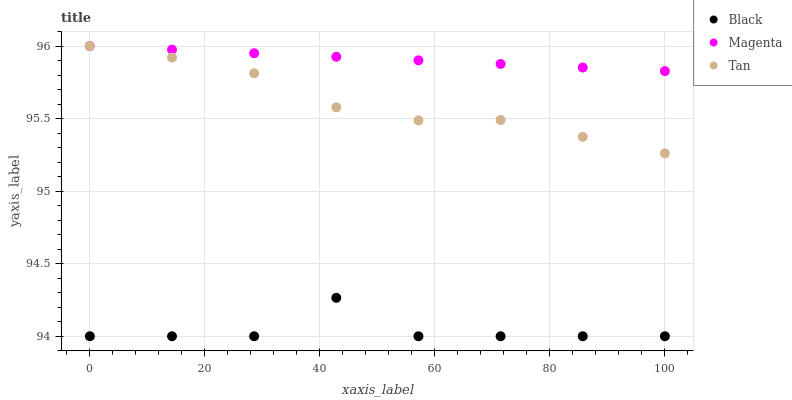
| xaxis_label | Black | Magenta | Tan |
 | --- | --- | --- | --- |
 | 0 | 94 | 96 | 96 |
 | 14.3 | 94 | 96 | 95.9 |
 | 28.6 | 94 | 96 | 95.8 |
 | 42.9 | 94.3 | 95.9 | 95.6 |
 | 57.1 | 94 | 95.9 | 95.5 |
 | 71.4 | 94 | 95.9 | 95.5 |
 | 85.7 | 94 | 95.9 | 95.4 |
 | 100 | 94 | 95.8 | 95.3 |